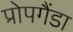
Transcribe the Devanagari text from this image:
प्रोपगैंडा